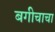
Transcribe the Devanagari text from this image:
बगीचाचा